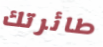
طائرتك